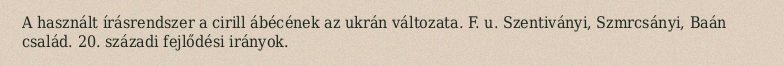
A használt írásrendszer a cirill ábécének az ukrán változata. F. u. Szentiványi, Szmrcsányi, Baán család. 20. századi fejlődési irányok.